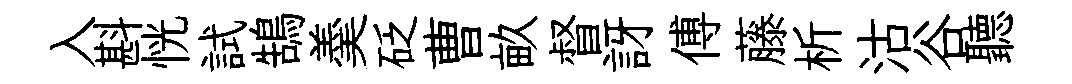
入斟恍試鵠羮砭曹畝督訝傅藤析沽谷聽